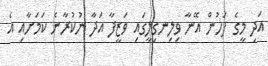
އަދި މީގެ ފަހުން އޭނާ ވިލިނގިލީގައި ވަޒީފާ އަދާ ނުކުރާނެ ކަމަށާއި އެ